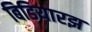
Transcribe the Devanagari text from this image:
बिडियारझ